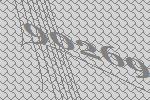
90269